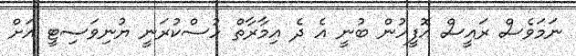
ނަމަވެސް ރައީސް އޮފީހުން ބުނީ އެ ދެ އިމާރާތް ހުސްކުރަނީ ޔުނިވަސިޓީ އަށް